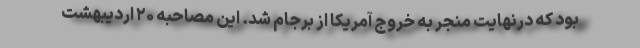
بود که درنهایت منجر به خروج آمریکا از برجام شد. این مصاحبه ۲۰ اردیبهشت